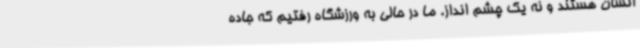
انسان هستند و نه یک چشم انداز. ما در حالی به ورزشگاه رفتیم که جاده